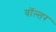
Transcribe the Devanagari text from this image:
वॉल्तर